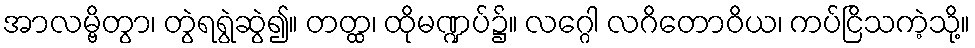
အာလမ္ဗိတွာ၊ တွဲရရွဲဆွဲ၍။ တတ္ထ၊ ထိုမဏ္ဍပ်၌။ လဂ္ဂေါ လဂိတောဝိယ၊ ကပ်ငြိသကဲ့သို့။